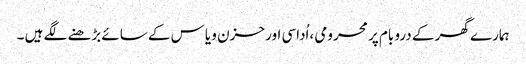
ہمارے گھر کے درو بام پر محرومی ،اُداسی اور حزن و یاس کے سائے بڑھنے لگے ہیں ۔